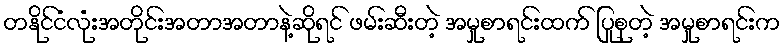
တနိုင်ငံလုံးအတိုင်းအတာအတာနဲ့ဆိုရင် ဖမ်းဆီးတဲ့ အမှုစာရင်းထက် ပြုစုတဲ့ အမှုစာရင်းက